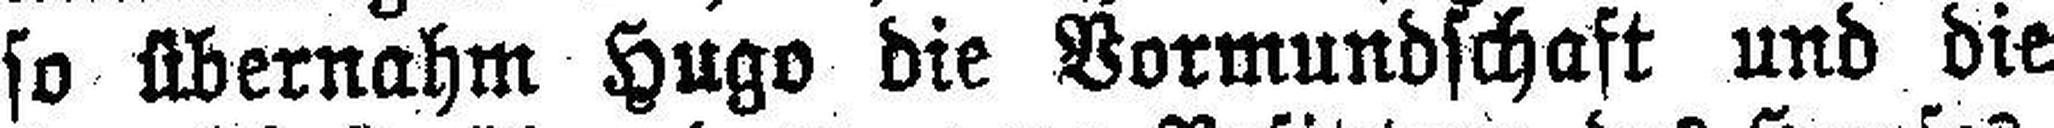
so übernahm Hugo die Vormundschaft und die